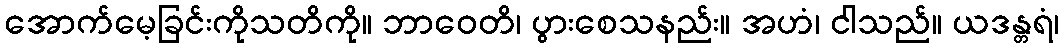
အောက်မေ့ခြင်းကိုသတိကို။ ဘာဝေတိ၊ ပွားစေသနည်း။ အဟံ၊ ငါသည်။ ယဒန္တရံ၊